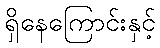
ရှိနေကြောင်းနှင့်